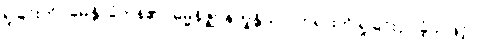
ရှုခြင်းကို။ ခမန္တိ၊ ခံကုန်၏။ ဓမ္မနိဇ္ဈာနက္ခန္တိယာ၊ တရားကို ရှုခြင်းငှာ ခံ့သဖြင့်။ ဝါ၊